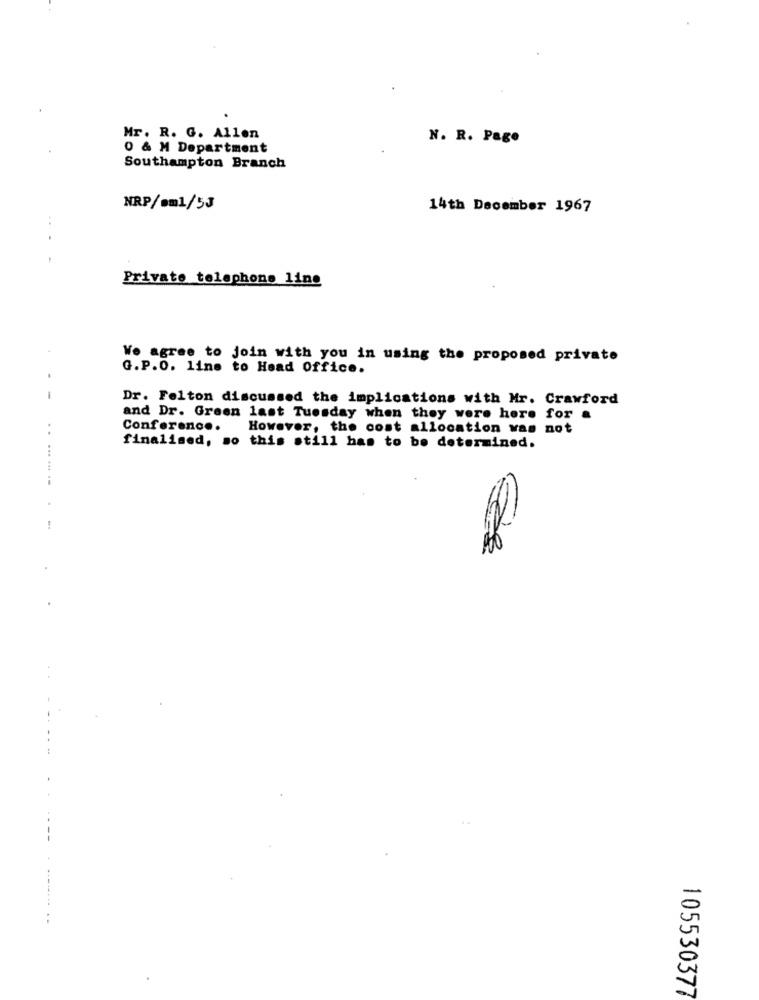
Mr. R. G. Allen
N. R. Page
0 & M Department
Southampton Branch
NRP/am1/5J
14th December 1967
Private telephone line
We agree to join with you in using the proposed private
G.P.O. line to Head Office.
Dr. Felton discussed the implications with Mr. Crawford
and Dr. Green last Tuesday when they were here for a
Conference.
However, the cost allocation was not
..
finalised, so this still has to be determined.
105530377